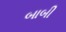
બાબી